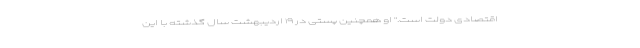
اقتصادی دولت است." او همچنین پستی در ۱۹ اردیبهشت سال گذشته با این